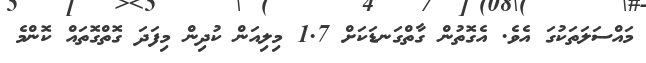
މައްސަލަތަކުގަ އެވެ. އެގޮތުން ގާތްގަނޑަކަށް 1.7 މިލިއަން ކުދިން މިފަދަ ގޮތްގޮތައް ކޮންމެ